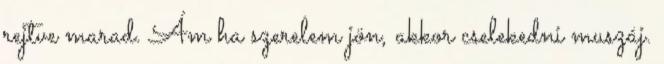
rejtve marad. Ám ha szerelem jön, akkor cselekedni muszáj.